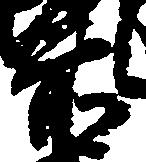
前